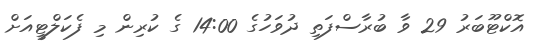
އޮކްޓޫބަރު 29 ވާ ބުރާސްފަތި ދުވަހުގެ 14:00 ގެ ކުރިން މި ފެކަލްޓީއަށް